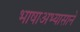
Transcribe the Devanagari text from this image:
भाषाअभ्यासाने